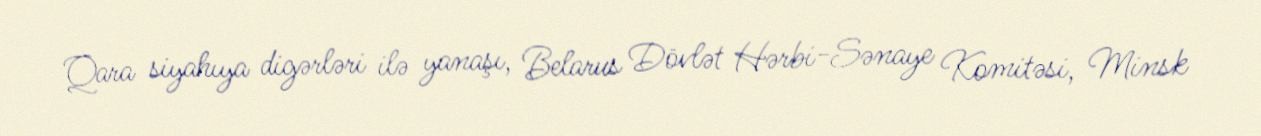
Qara siyahıya digərləri ilə yanaşı, Belarus Dövlət Hərbi-Sənaye Komitəsi, Minsk